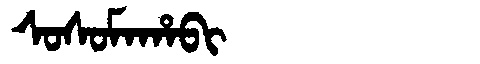
Manchu: ᠰᠣᠰᠣᠮᠠᡥᠠᠪᡳ
Romanization: SOSOMAHABI